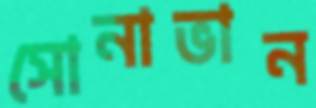
সোনাভান